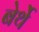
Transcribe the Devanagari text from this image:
बेर्थे